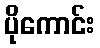
ပိုကောင်း